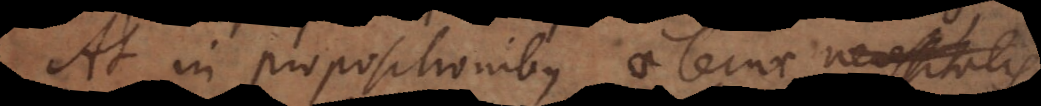
At in propositionibus aeternae necessitatis